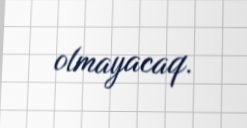
olmayacaq.